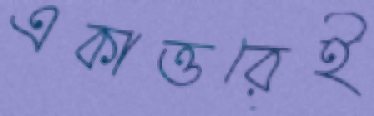
একাত্তরেই